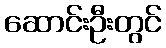
ဆောင်းဦးတွင်